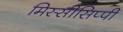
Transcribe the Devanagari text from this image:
मिस्सीसिप्पी